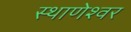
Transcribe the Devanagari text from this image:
स्थाणेश्वर